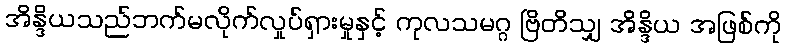
အိန္ဒိယသည်ဘက်မလိုက်လှုပ်ရှားမှုနှင့် ကုလသမဂ္ဂ ဗြိတိသျှ အိန္ဒိယ အဖြစ်ကို